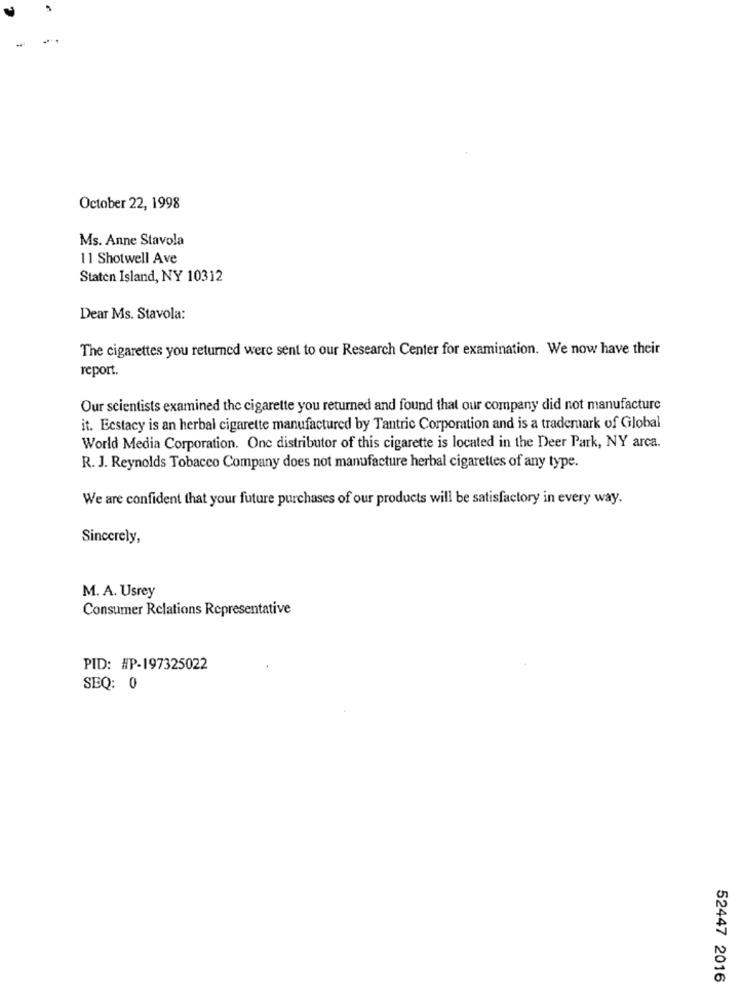
October 22, 1998
Ms. Anne Stavola
11 Shotwell Ave
Staten Island, NY 10312
Dear Ms. Stavola:
The cigarettes you returned were sent to our Research Center for examination. We now have their
report.
Our scientists examined the cigarette you returned and found that our company did not manufacture
it. Ecstacy is an herbal cigarette manufactured by Tantric Corporation and is a trademark of Global
World Media Corporation. One distributor of this cigarette is located in the Deer Park, NY arca.
R. J. Reynolds Tobacco Company does not manufacture herbal cigarettes of any type.
We are confident that your future purchases of our products will be satisfactory in every way.
Sincerely,
M. A. Usrey
Consumer Relations Representative
PID: #P-197325022
SEQ: 0
52447 2016